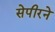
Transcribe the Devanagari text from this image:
सेपीरने